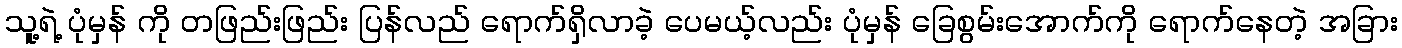
သူ့ရဲ့ ပုံမှန် ကို တဖြည်းဖြည်း ပြန်လည် ရောက်ရှိလာခဲ့ ပေမယ့်လည်း ပုံမှန် ခြေစွမ်းအောက်ကို ရောက်နေတဲ့ အခြား